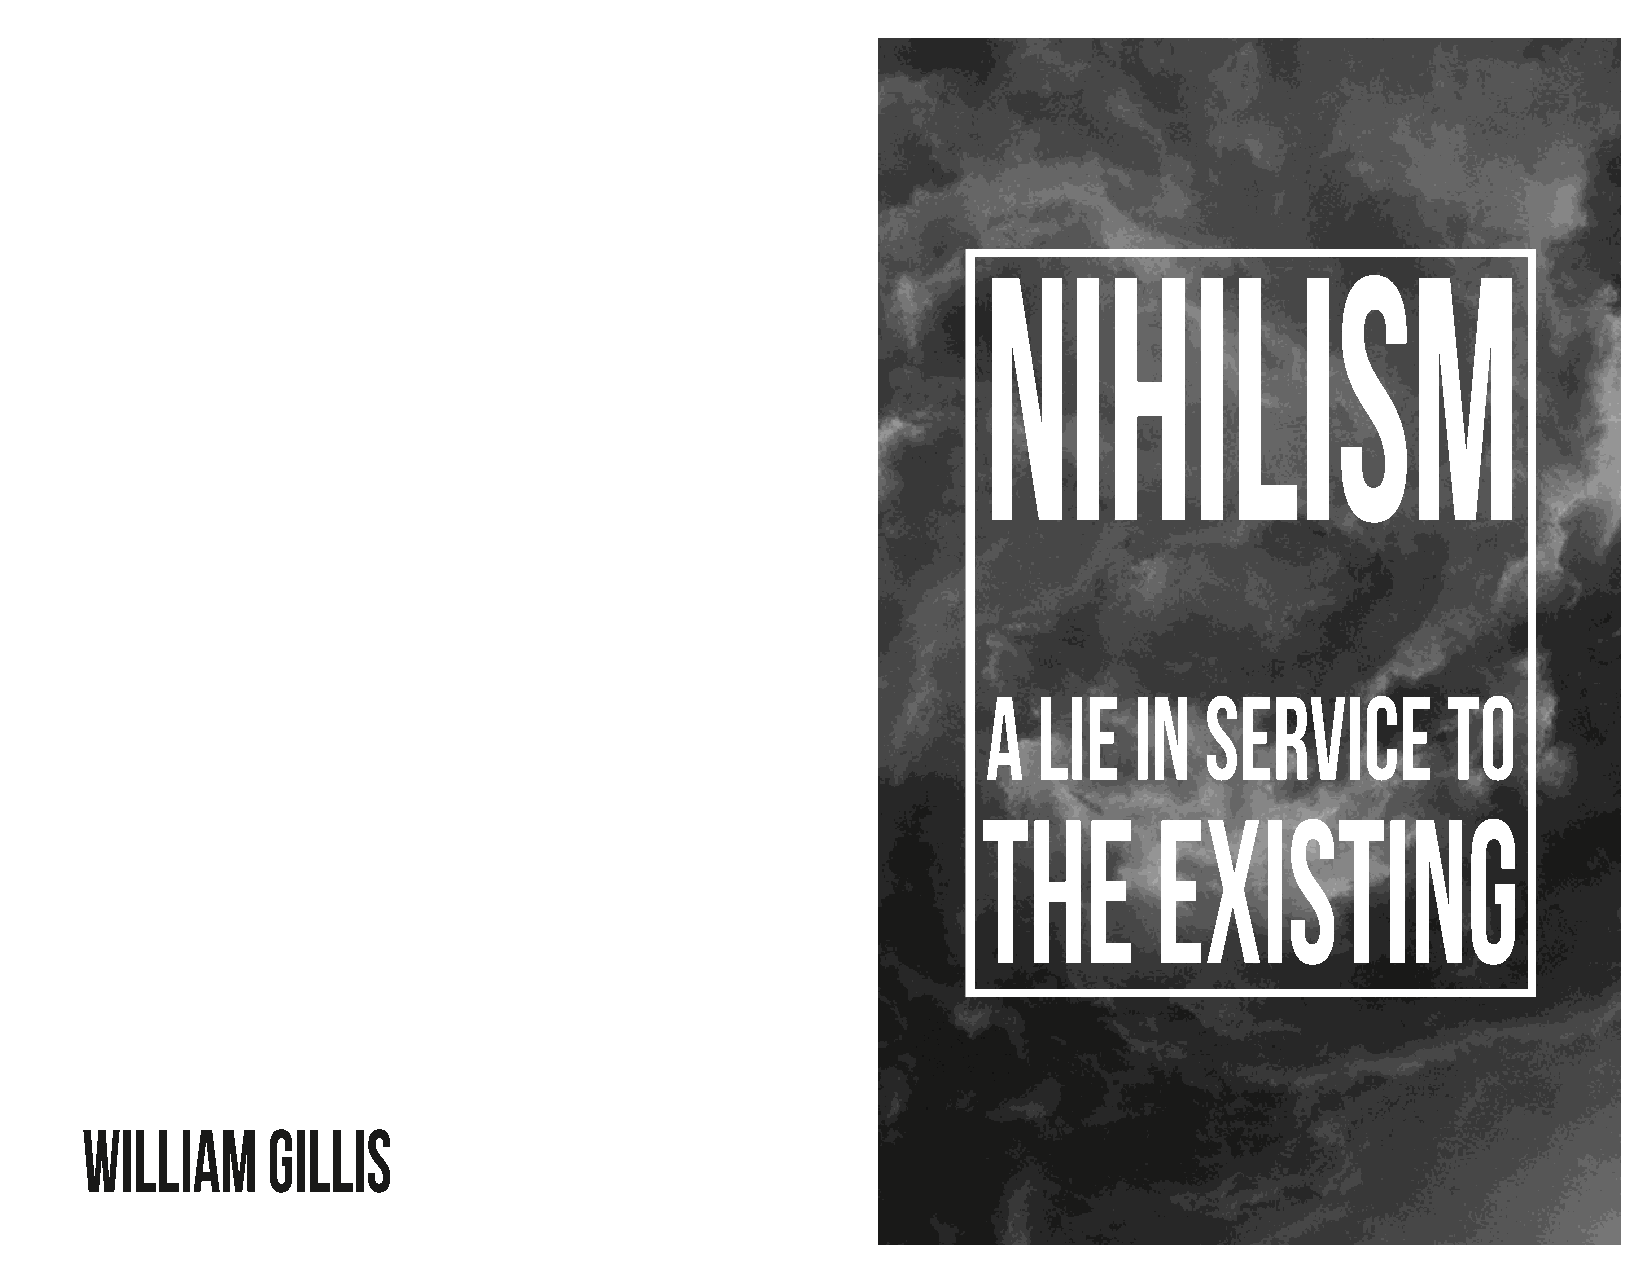
N     I H     I LI     SM
 a   lie   in   service         to
 The        existing
 william      gillis